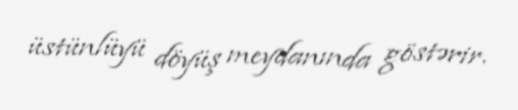
üstünlüyü döyüş meydanında göstərir.